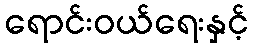
ရောင်းဝယ်ရေးနှင့်